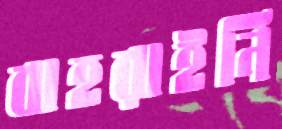
বাহরাইনি